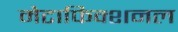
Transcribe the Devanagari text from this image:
मेटाफिक्शनल